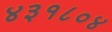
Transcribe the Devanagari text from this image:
४३१८०४